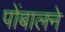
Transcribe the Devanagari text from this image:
पोंबालने